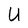
Character: U